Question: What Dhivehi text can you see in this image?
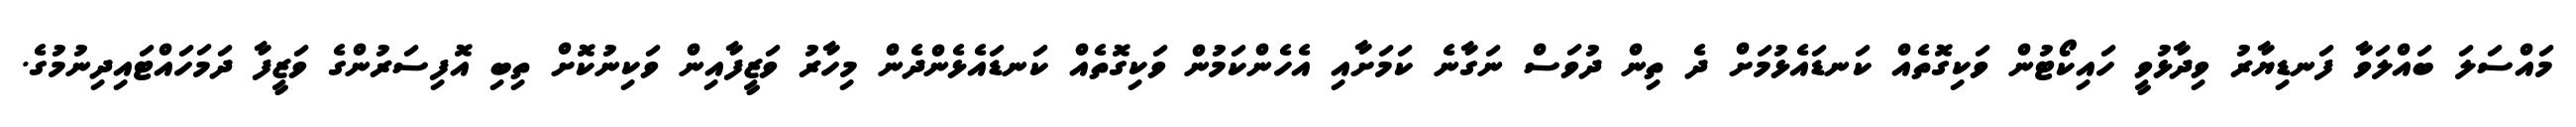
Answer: މައްސަލަ ބައްލަވާ ފަނޑިޔާރު ވިދާޅުވީ ހައިކޯޓުން ވަކިގޮތެއް ކަނޑައެޅުމަށް ދެ ތިން ދުވަސް ނަގާނެ ކަމަށާއި އެހެންކަމުން ވަކިގޮތެއް ކަނޑައެޅެންދެން މިހާރު ވަޒީފާއިން ވަކިނުކޮށް ތިބި އޮފިސަރުންގެ ވަޒީފާ ދަމަހައްޓައިދިނުމުގެ.